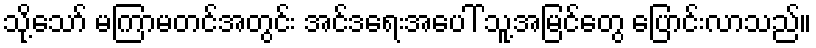
သို့သော် မကြာမတင်အတွင်း အင်ဒရေးအပေါ် သူ့အမြင်တွေ ပြောင်းလာသည်။